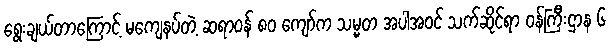
ရွေးချယ်တာကြောင့် မကျေနပ်တဲ့ ဆရာဝန် ၈၀ ကျော်က သမ္မတ အပါအဝင် သက်ဆိုင်ရာ ဝန်ကြီးဌာန ၆